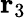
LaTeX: \textbf{r}_{3}